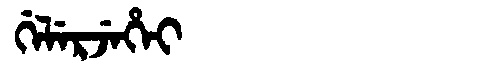
Manchu: ᡤᡝᠯᡝᡵᠵᡝᡥᡝᡳ
Romanization: GELERJEHEI